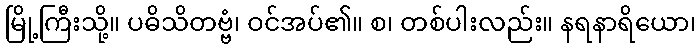
မြို့ကြီးသို့။ ပဓိသိတဗ္ဗံ၊ ဝင်အပ်၏။ စ၊ တစ်ပါးလည်း။ နရနာရိယော၊